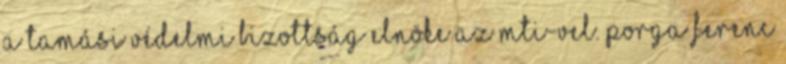
a tamási védelmi bizottság elnöke az MTI-vel. Porga Ferenc